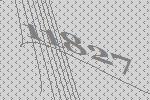
11827